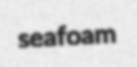
seafoam